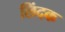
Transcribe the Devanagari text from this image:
छिंदक